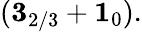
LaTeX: ({\mathbf 3}_{2/3}+{\mathbf 1}_{0}).